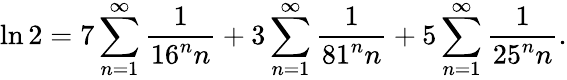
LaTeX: \ln 2=7\sum_{n=1}^{\infty}{\frac{1}{16^{n}n}}+3\sum_{n=1}^{\infty}{\frac{1}{81^{n}n}}+5\sum_{n=1}^{\infty}{\frac{1}{25^{n}n}}.